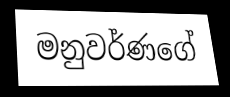
මනුවර්ණගේ